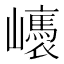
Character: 㠡